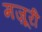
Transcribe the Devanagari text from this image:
मज़ूरी